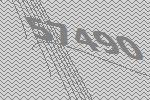
57490